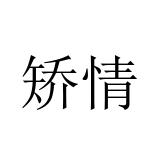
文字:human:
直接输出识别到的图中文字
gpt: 矫情